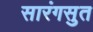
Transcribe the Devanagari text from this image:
सारंगसुत